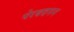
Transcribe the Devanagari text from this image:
पेरबदनन